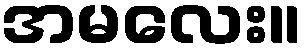
အမလေး။